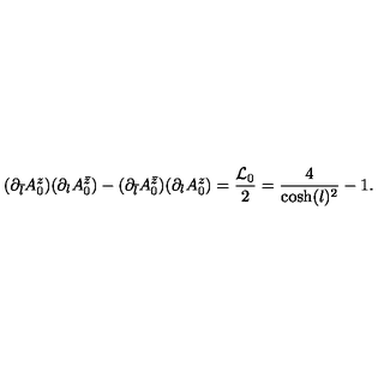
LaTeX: ( \partial _ { \bar { l } } A _ { 0 } ^ { z } ) ( \partial _ { l } A _ { 0 } ^ { \bar { z } } ) - ( \partial _ { \bar { l } } A _ { 0 } ^ { \bar { z } } ) ( \partial _ { l } A _ { 0 } ^ { z } ) = \frac { { \cal L } _ { 0 } } { 2 } = \frac { 4 } { \cosh ( l ) ^ { 2 } } - 1 .